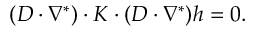
\begin{array} { r } { ( D \cdot \nabla ^ { * } ) \cdot K \cdot ( D \cdot \nabla ^ { * } ) h = 0 . } \end{array}